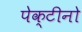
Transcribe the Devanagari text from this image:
पेक्टीनो